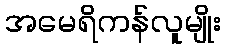
အမေရိကန်လူမျိုး